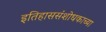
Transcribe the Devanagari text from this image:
इतिहाससंशोधकाच्या